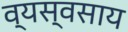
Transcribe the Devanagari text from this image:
व्यस्वसाय